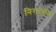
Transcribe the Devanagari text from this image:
निरपवादः